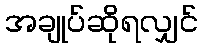
အချုပ်ဆိုရလျှင်